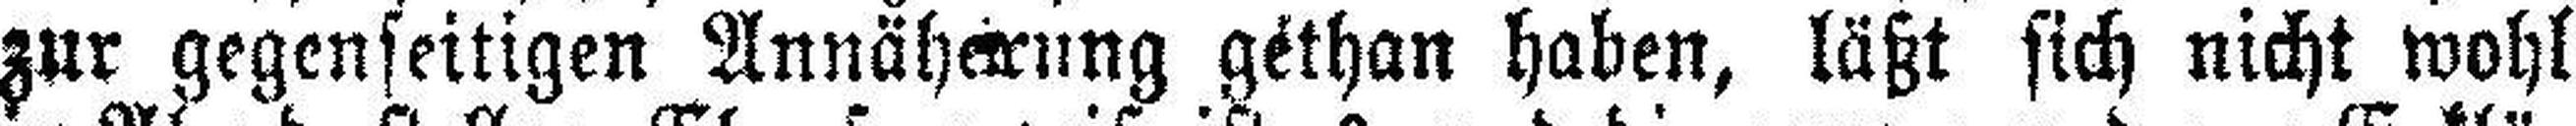
zur gegenseitigen Annäheirung géthan haben, läßt sich nicht wohl